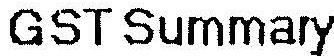
GST SUMMARY